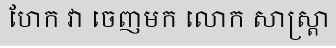
ហែក វា ចេញមក លោក សាស្ត្រា